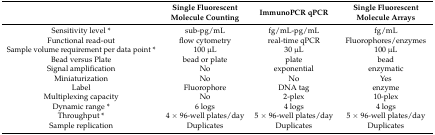
<table><thead><tr><td></td><td><b>Single Fluorescent Molecule Counting</b></td><td><b>ImmunoPCR qPCR</b></td><td><b>Single Fluorescent Molecule Arrays</b></td></tr></thead><tbody><tr><td>Sensitivity level *</td><td>sub-pg/mL</td><td>fg/mL-pg/mL</td><td>fg/mL</td></tr><tr><td>Functional read-out</td><td>flow cytometry</td><td>real-time qPCR</td><td>Fluorophores/enzymes</td></tr><tr><td>Sample volume requirement per data point *</td><td>100 μL</td><td>30 μL</td><td>100 μL</td></tr><tr><td>Bead versus Plate</td><td>bead or plate</td><td>plate</td><td>bead</td></tr><tr><td>Signal amplification</td><td>No</td><td>exponential</td><td>enzymatic</td></tr><tr><td>Miniaturization</td><td>No</td><td>No</td><td>Yes</td></tr><tr><td>Label</td><td>Fluorophore</td><td>DNA tag</td><td>enzyme</td></tr><tr><td>Multiplexing capacity</td><td>No</td><td>2-plex</td><td>10-plex</td></tr><tr><td>Dynamic range *</td><td>6 logs</td><td>4 logs</td><td>4 logs</td></tr><tr><td>Throughput *</td><td>4 × 96-well plates/day</td><td>5 × 96-well plates/day</td><td>5 × 96-well plates/day</td></tr><tr><td>Sample replication</td><td>Duplicates</td><td>Duplicates</td><td>Duplicates</td></tr></tbody></table>